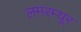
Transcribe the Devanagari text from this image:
लमरम्यूर